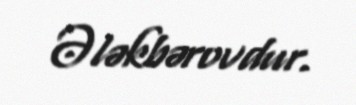
Ələkbərovdur.